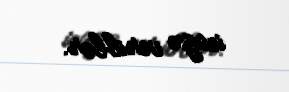
icazə veriblər.